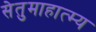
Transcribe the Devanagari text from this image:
सेतुमाहात्म्य